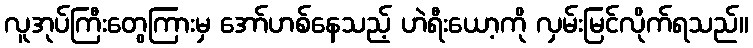
လူအုပ်ကြီးတွေကြားမှ အော်ဟစ်နေသည့် ဟဲရီးယော့ကို လှမ်းမြင်လိုက်ရသည်။